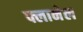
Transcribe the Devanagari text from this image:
फ्लानेल